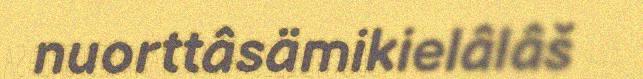
nuorttâsämikielâlâš